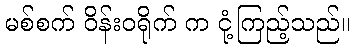
မစ်စက် ဝိန်းဝရိုက် က ငုံ့ကြည့်သည်။